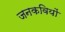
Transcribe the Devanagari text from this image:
जनकवियों